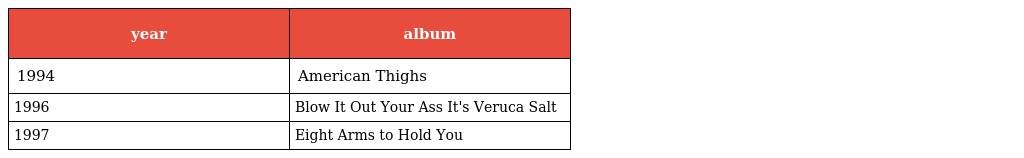
| year | album |
 | --- | --- |
 | 1994 | American Thighs |
 | 1996 | Blow It Out Your Ass It's Veruca Salt |
 | 1997 | Eight Arms to Hold You |